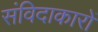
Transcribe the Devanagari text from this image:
संविदाकारों